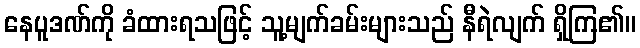
နေပူဒဏ်ကို ခံထားရသဖြင့် သူ့မျက်ခမ်းများသည် နီရဲလျက် ရှိကြ၏။